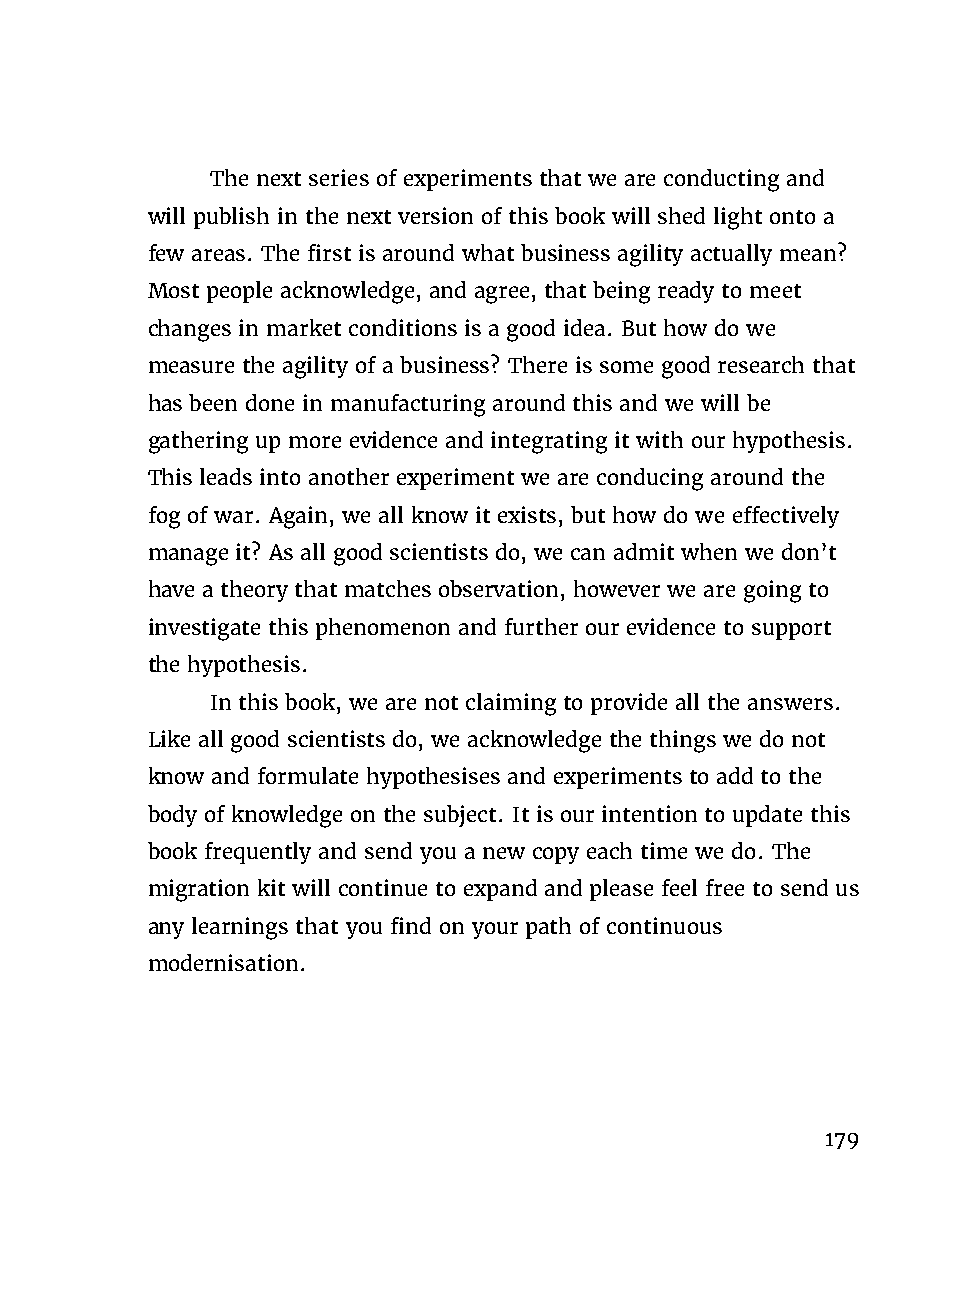
The next series of experiments that we are conducting and
 will publish in the next version of this book will shed light onto a
 few areas. The first is around what business agility actually mean?
 Most people acknowledge, and agree, that being ready to meet
 changes in market conditions is a good idea. But how do we
 measure the agility of a business? There is some good research that
 has been done in manufacturing around this and we will be
 gathering up more evidence and integrating it with our hypothesis.
 This leads into another experiment we are conducing around the
 fog of war. Again, we all know it exists, but how do we effectively
 manage it? As all good scientists do, we can admit when we don’t
 have a theory that matches observation, however we are going to
 investigate this phenomenon and further our evidence to support
 the hypothesis.
 In this book, we are not claiming to provide all the answers.
 Like all good scientists do, we acknowledge the things we do not
 know and formulate hypothesises and experiments to add to the
 body of knowledge on the subject. It is our intention to update this
 book frequently and send you a new copy each time we do. The
 migration kit will continue to expand and please feel free to send us
 any learnings that you find on your path of continuous
 modernisation.
 179